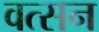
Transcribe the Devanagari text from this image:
वत्सन